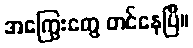
အကြွေးတွေ တင်နေပြီ။